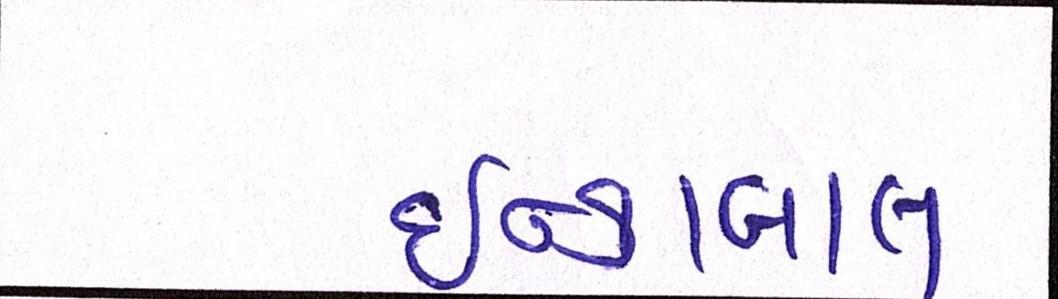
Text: ઇન્કાલાબ